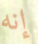
إنه